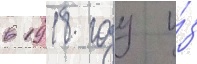
в 1918 году и́з